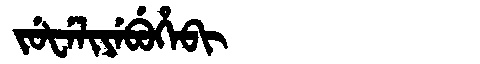
Manchu: ᠵᡠᡶᡝᠯᡳᠶᡝᠪᡠᡥᡝᠪᡳ
Romanization: JUFELIYEBUHEBI